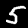
Label: 5